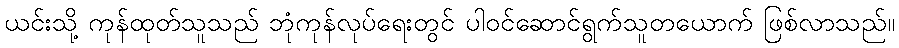
ယင်းသို့ ကုန်ထုတ်သူသည် ဘုံကုန်လုပ်ရေးတွင် ပါဝင်ဆောင်ရွက်သူတယောက် ဖြစ်လာသည်။